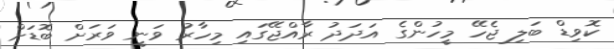
ކޮވިޑް ބަލި ޖެހޭ މީހުންގެ އަދަދު ރާއްޖޭގައި މިހާރު ވަނީ ވަރަށް ބޮޑަށް